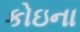
કોઇના